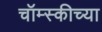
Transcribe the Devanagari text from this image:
चॉम्स्कीच्या